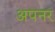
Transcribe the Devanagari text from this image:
अपनर